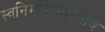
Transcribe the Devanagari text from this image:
स्वनिमविचारालाच